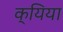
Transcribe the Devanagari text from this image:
क्यिया